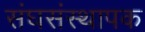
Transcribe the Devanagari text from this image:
संघसंस्थापक